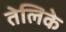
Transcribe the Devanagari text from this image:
तेलिके